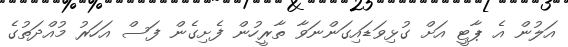
އަލުން އެ ޕާޓީ އަށް ގުޅިވަޑައިގަންނަވާ ތާރީހުން ފެށިގެން ފަސް އަހަރު މުއްދަތުގެ